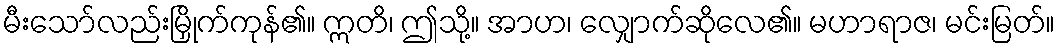
မီးသော်လည်းမြှိုက်ကုန်၏။ ဣတိ၊ ဤသို့။ အာဟ၊ လျှောက်ဆိုလေ၏။ မဟာရာဇ၊ မင်းမြတ်။